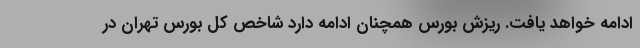
ادامه خواهد یافت. ریزش بورس همچنان ادامه دارد شاخص کل بورس تهران در